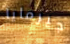
جيرمايا